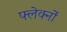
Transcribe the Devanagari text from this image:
फ्लेक्नों